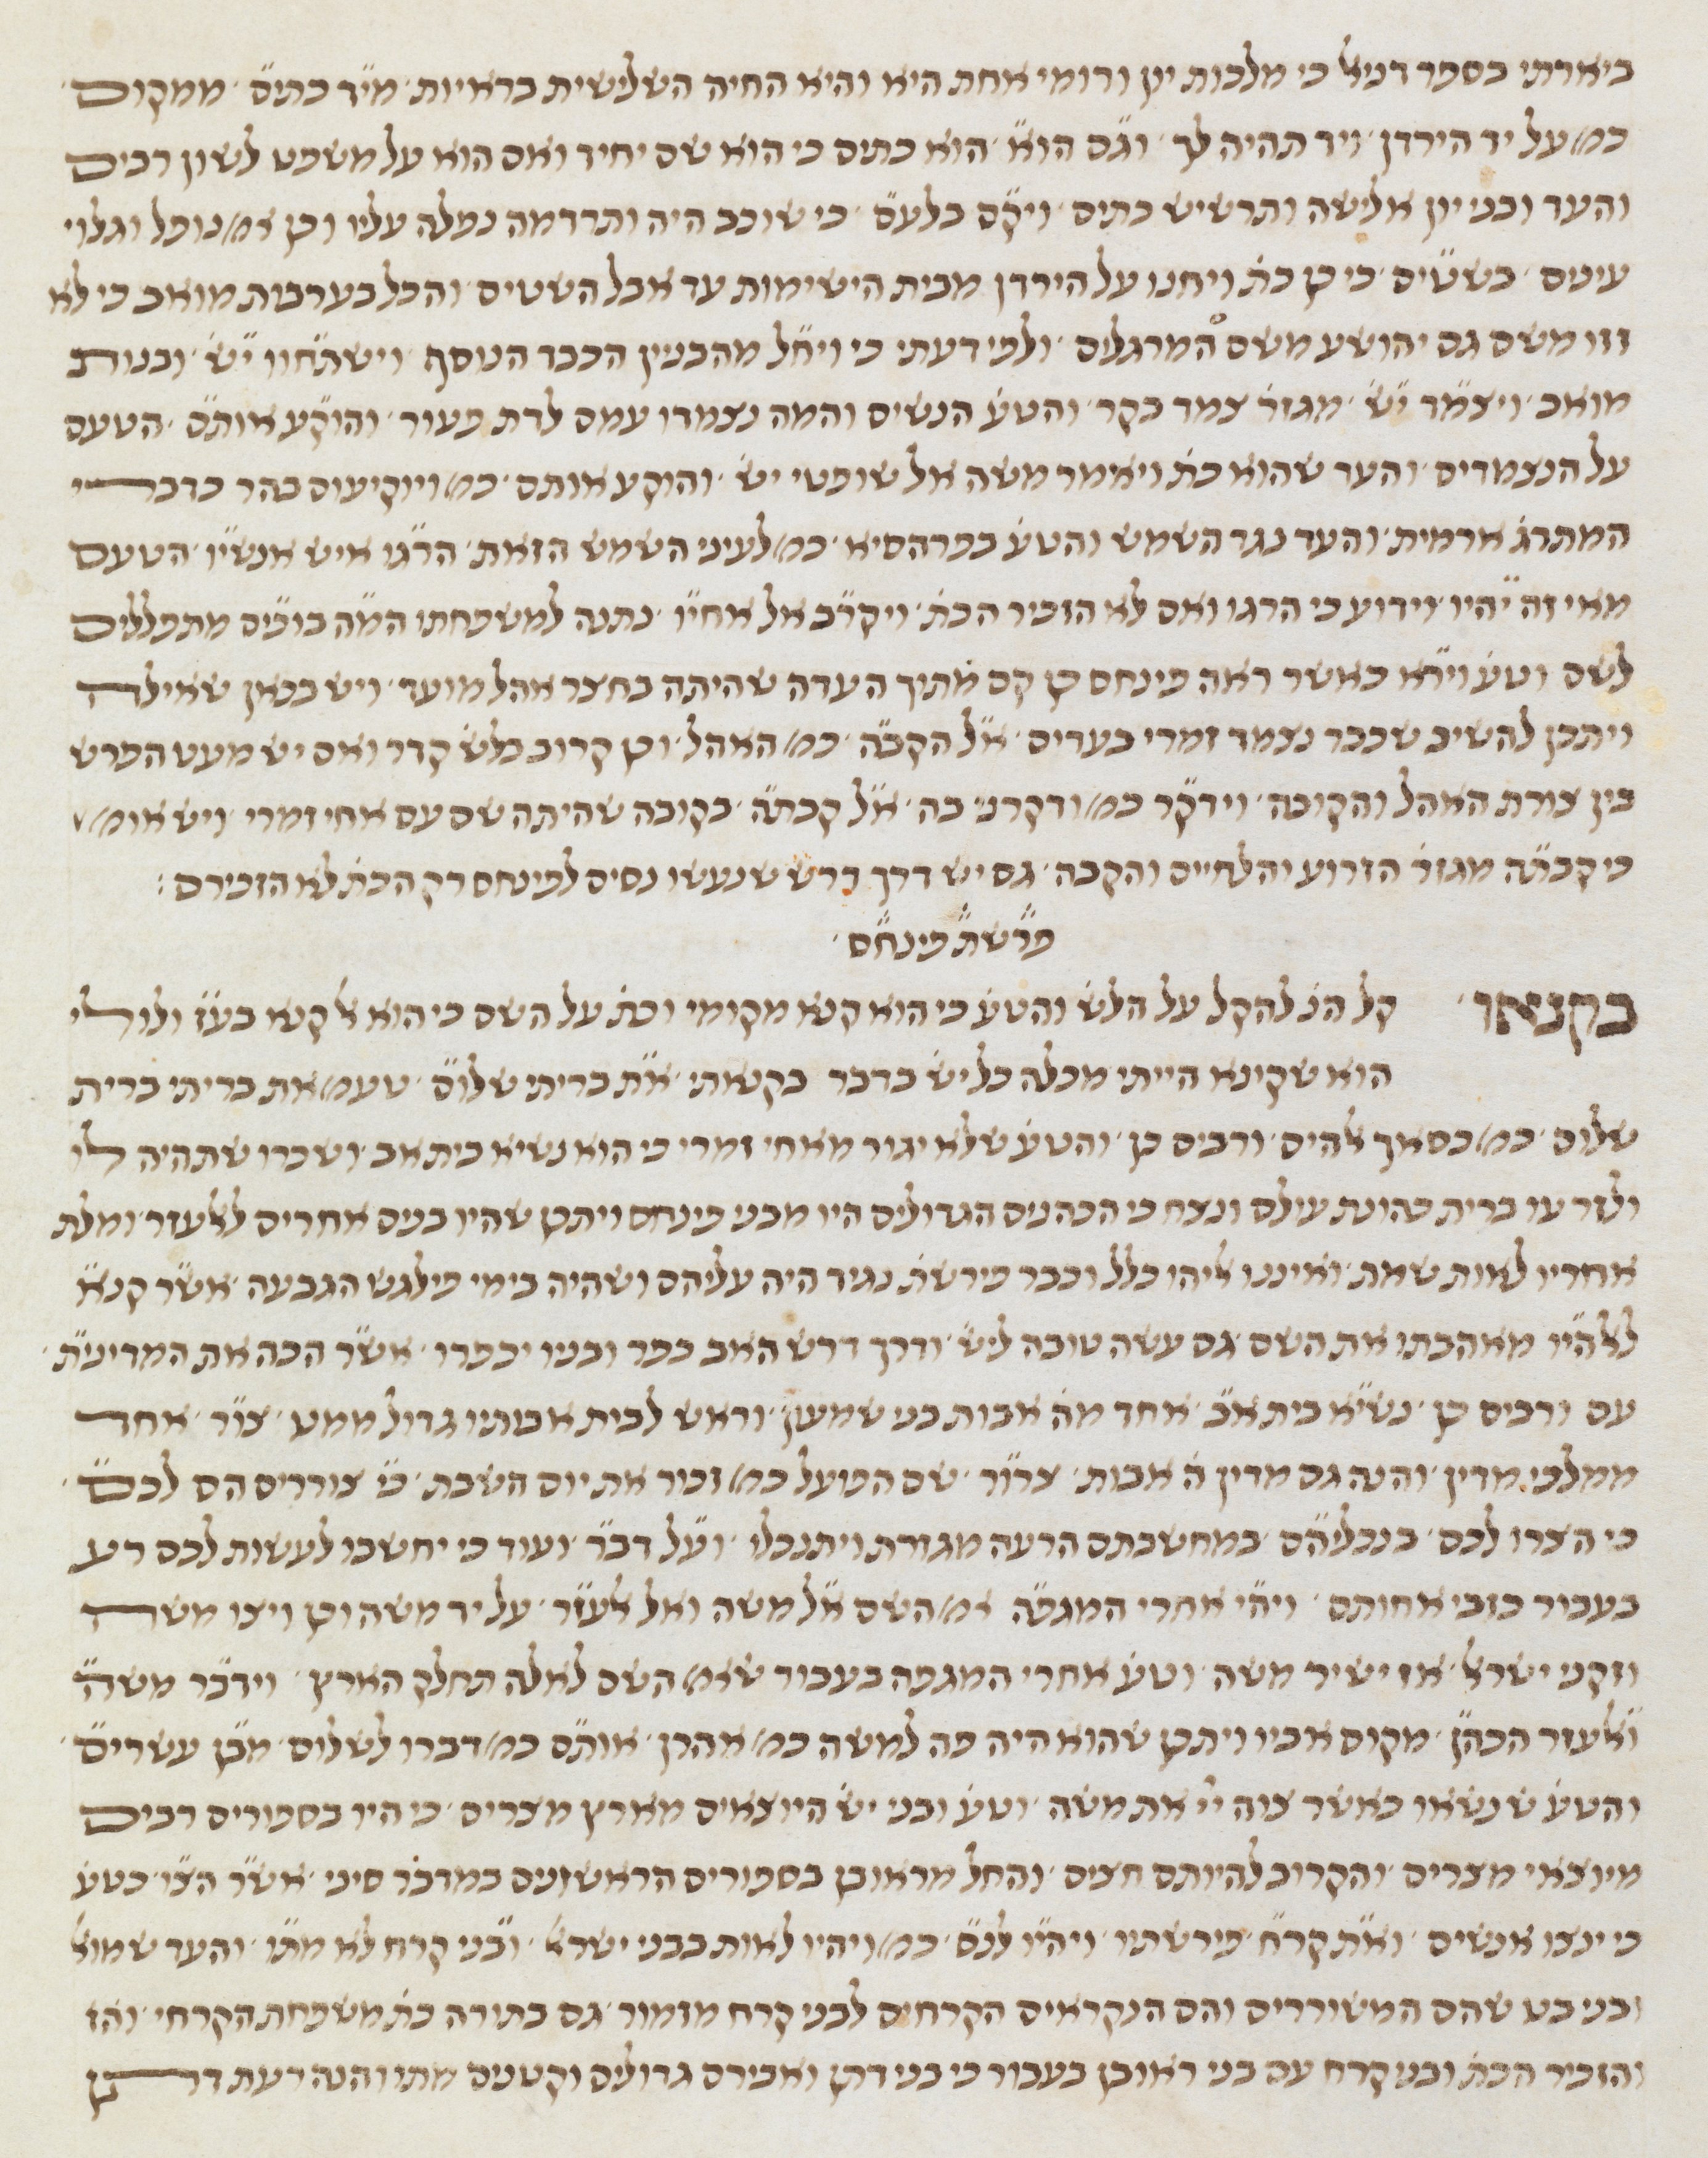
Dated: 1450–1499